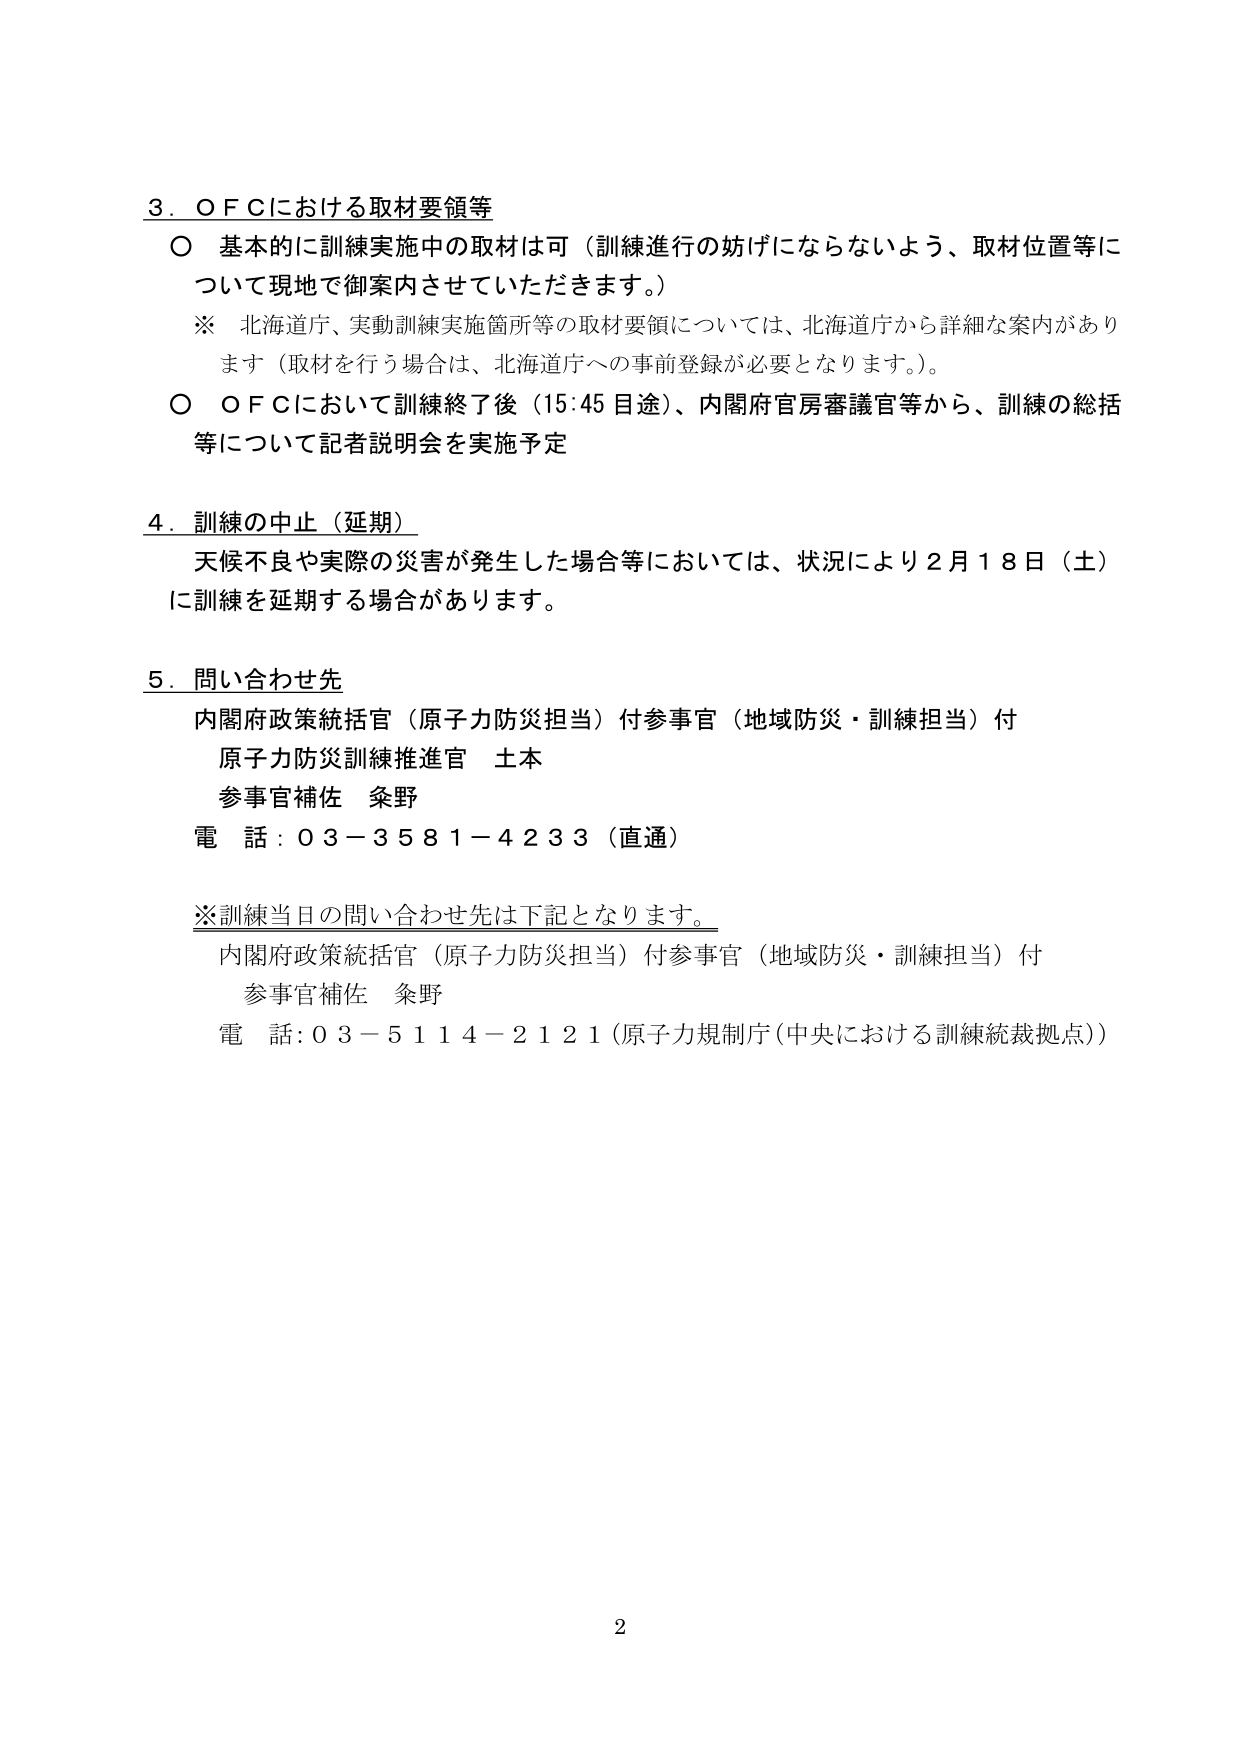
3. ＯＦＣにおける取材要領等
○ 基本的に訓練実施中の取材は可（訓練進行の妨げにならないよう、取材位置等について現地で御案内させていただきます。）
※ 北海道庁、実動訓練実施箇所等の取材要領については、北海道庁から詳細な案内があります（取材を行う場合は、北海道庁への事前登録が必要となります。）。
○ ＯＦＣにおいて訓練終了後（15:45目途）、内閣府官房審議官等から、訓練の総括等について記者説明会を実施予定

4. 訓練の中止（延期）
天候不良や実際の災害が発生した場合等においては、状況により2月18日（土）に訓練を延期する場合があります。

5. 問い合わせ先
内閣府政策統括官（原子力防災担当）付参事官（地域防災・訓練担当）付
原子力防災訓練推進官 土本
参事官補佐 條野
電話：03－3581－4233（直通）

※訓練当日の問い合わせ先は下記となります。
内閣府政策統括官（原子力防災担当）付参事官（地域防災・訓練担当）付
参事官補佐 條野
電話：03－5114－2121（原子力規制庁（中央における訓練統裁拠点））

2